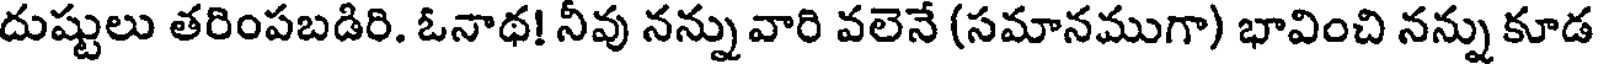
దుష్టులు తరింపబడిరి. ఓనాథ! నీవు నన్ను వారి వలెనే (సమానముగా) భావించి నన్ను కూడ